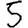
Digit: 5